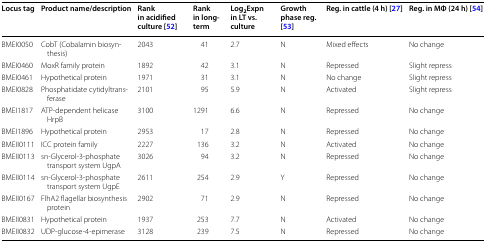
<table><thead><tr><td><b>Locus tag</b></td><td><b>Product name/description</b></td><td><b>Rank in acidified culture [52]</b></td><td><b>Rank in long-term</b></td><td><b>Log<sub>2</sub>Expn in LT vs. culture</b></td><td><b>Growth phase reg. [53]</b></td><td><b>Reg. in cattle (4 h) [27]</b></td><td><b>Reg. in MΦ (24 h) [54]</b></td></tr></thead><tbody><tr><td>BMEI0050</td><td>CobT (Cobalamin biosynthesis)</td><td>2043</td><td>41</td><td>2.7</td><td>N</td><td>Mixed effects</td><td>No change</td></tr><tr><td>BMEI0460</td><td>MoxR family protein</td><td>1892</td><td>42</td><td>3.1</td><td>N</td><td>Repressed</td><td>Slight repress</td></tr><tr><td>BMEI0461</td><td>Hypothetical protein</td><td>1971</td><td>31</td><td>3.1</td><td>N</td><td>No change</td><td>Slight repress</td></tr><tr><td>BMEI0828</td><td>Phosphatidate cytidyltransferase</td><td>2101</td><td>95</td><td>5.9</td><td>N</td><td>Activated</td><td>Slight repress</td></tr><tr><td>BMEI1817</td><td>ATP-dependent helicase HrpB</td><td>3100</td><td>1291</td><td>6.6</td><td>N</td><td>Repressed</td><td>No change</td></tr><tr><td>BMEI1896</td><td>Hypothetical protein</td><td>2953</td><td>17</td><td>2.8</td><td>N</td><td>Repressed</td><td>No change</td></tr><tr><td>BMEII0111</td><td>ICC protein family</td><td>2227</td><td>136</td><td>3.2</td><td>N</td><td>Activated</td><td>No change</td></tr><tr><td>BMEII0113</td><td>sn-Glycerol-3-phosphate transport system UgpA</td><td>3026</td><td>94</td><td>3.2</td><td>N</td><td>Repressed</td><td>No change</td></tr><tr><td>BMEII0114</td><td>sn-Glycerol-3-phosphate transport system UgpE</td><td>2611</td><td>254</td><td>2.9</td><td>Y</td><td>Repressed</td><td>No change</td></tr><tr><td>BMEII0167</td><td>FlhA2 flagellar biosynthesis protein</td><td>2902</td><td>71</td><td>2.9</td><td>N</td><td>Repressed</td><td>No change</td></tr><tr><td>BMEII0831</td><td>Hypothetical protein</td><td>1937</td><td>253</td><td>7.7</td><td>N</td><td>Activated</td><td>No change</td></tr><tr><td>BMEII0832</td><td>UDP-glucose-4-epimerase</td><td>3128</td><td>239</td><td>7.5</td><td>N</td><td>Repressed</td><td>No change</td></tr></tbody></table>